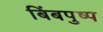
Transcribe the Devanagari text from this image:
बिंबपुष्प